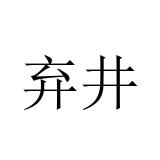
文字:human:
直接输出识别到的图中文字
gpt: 弃井